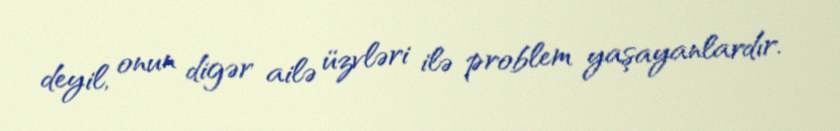
deyil, onun digər ailə üzvləri ilə problem yaşayanlardır.